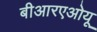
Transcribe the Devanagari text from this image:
बीआरएओयू